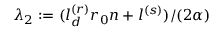
\lambda _ { 2 } : = ( l _ { d } ^ { ( r ) } r _ { 0 } n + l ^ { ( s ) } ) / ( 2 \alpha )